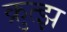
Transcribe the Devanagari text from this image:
क्रुत्झ